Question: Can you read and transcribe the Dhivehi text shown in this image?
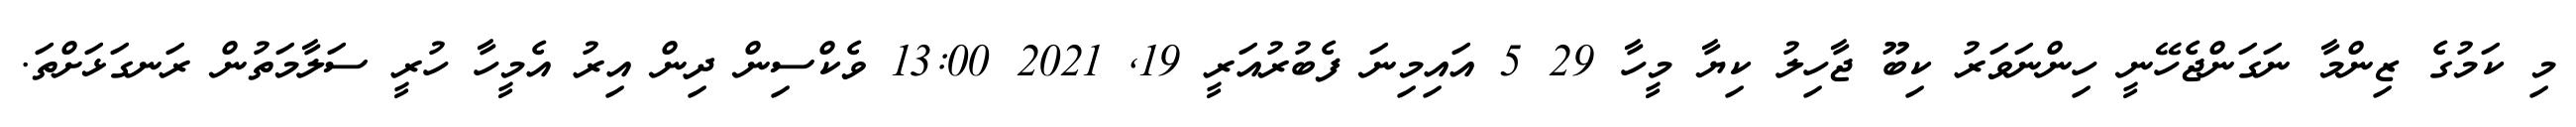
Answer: މި ކަމުގެ ޒިންމާ ނަގަންޖެހޭނީ ހިންނަވަރު ކިބޫ ޖާހިލު ކިޔާ މީހާ 29 5 އައިމިނަ ފެބުރުއަރީ 19, 2021 13:00 ވެކްސިން ދިން އިރު އެމީހާ ހުރީ ސަލާމަތުން ރަނގަޅަށްތަ.